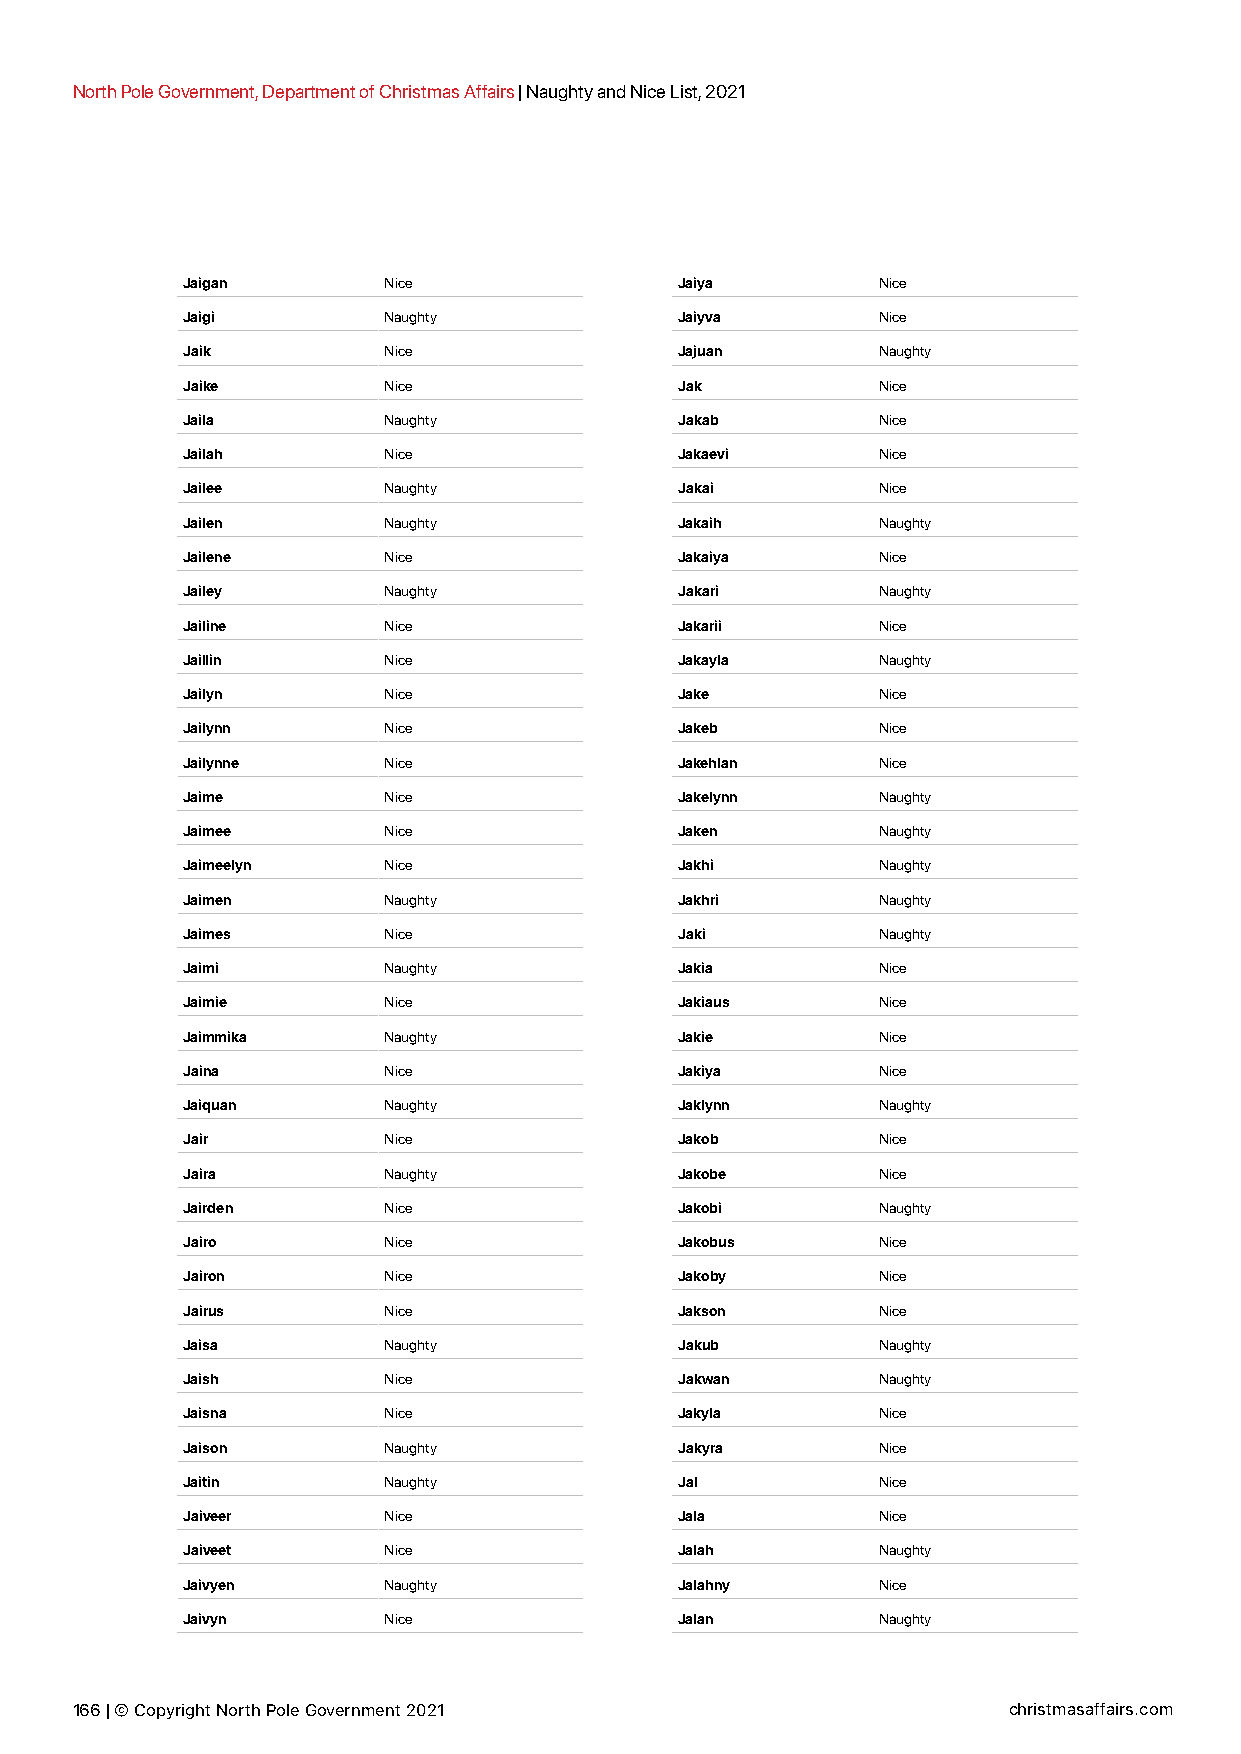
North Pole Government, Department of Christmas Affairs | Naughty and Nice List, 2021
 Jaigan       Nice                Jaiya        Nice
 Jaigi        Naughty             Jaiyva       Nice
 Jaik         Nice                Jajuan       Naughty
 Jaike        Nice                Jak          Nice
 Jaila        Naughty             Jakab        Nice
 Jailah       Nice                Jakaevi      Nice
 Jailee       Naughty             Jakai        Nice
 Jailen       Naughty             Jakaih       Naughty
 Jailene      Nice                Jakaiya      Nice
 Jailey       Naughty             Jakari       Naughty
 Jailine      Nice                Jakarii      Nice
 Jaillin      Nice                Jakayla      Naughty
 Jailyn       Nice                Jake         Nice
 Jailynn      Nice                Jakeb        Nice
 Jailynne     Nice                Jakehlan     Nice
 Jaime        Nice                Jakelynn     Naughty
 Jaimee       Nice                Jaken        Naughty
 Jaimeelyn    Nice                Jakhi        Naughty
 Jaimen       Naughty             Jakhri       Naughty
 Jaimes       Nice                Jaki         Naughty
 Jaimi        Naughty             Jakia        Nice
 Jaimie       Nice                Jakiaus      Nice
 Jaimmika     Naughty             Jakie        Nice
 Jaina        Nice                Jakiya       Nice
 Jaiquan      Naughty             Jaklynn      Naughty
 Jair         Nice                Jakob        Nice
 Jaira        Naughty             Jakobe       Nice
 Jairden      Nice                Jakobi       Naughty
 Jairo        Nice                Jakobus      Nice
 Jairon       Nice                Jakoby       Nice
 Jairus       Nice                Jakson       Nice
 Jaisa        Naughty             Jakub        Naughty
 Jaish        Nice                Jakwan       Naughty
 Jaisna       Nice                Jakyla       Nice
 Jaison       Naughty             Jakyra       Nice
 Jaitin       Naughty             Jal          Nice
 Jaiveer      Nice                Jala         Nice
 Jaiveet      Nice                Jalah        Naughty
 Jaivyen      Naughty             Jalahny      Nice
 Jaivyn       Nice                Jalan        Naughty
 166 | © Copyright North Pole Government 2021                  christmasaffairs.com